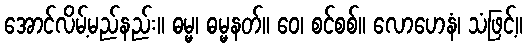
အောင်လိမ့်မည်နည်း။ ဓမ္မ၊ ဓမ္မနတ်။ ဝေ၊ စင်စစ်။ လောဟေနံ၊ သံဖြင့်။